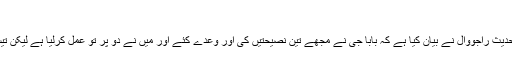
‘‘
مجھے شیخ رفیق زاہد حفظہ اللہ مدرس دارالحدیث راجووال نے بیان کیا ہے کہ بابا جی نے مجھے تین نصیحتیں کی اور وعدے کئے اور میں نے دو پر تو عمل کرلیا ہے لیکن تیسرے کا علم نہیں پورا ہوتا ہے ہے کہ نہیں ۔